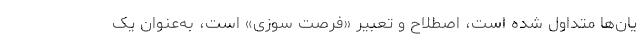
یان‌ها متداول شده است، اصطلاح و تعبیر «فرصت سوزی» است، به‌عنوان یک